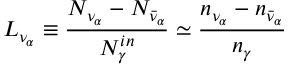
L _ { \nu _ { \alpha } } \equiv \frac { N _ { \nu _ { \alpha } } - N _ { \bar { \nu } _ { \alpha } } } { N _ { \gamma } ^ { i n } } \simeq \frac { n _ { \nu _ { \alpha } } - n _ { \bar { \nu } _ { \alpha } } } { n _ { \gamma } }